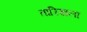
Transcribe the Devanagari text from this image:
तारिखला